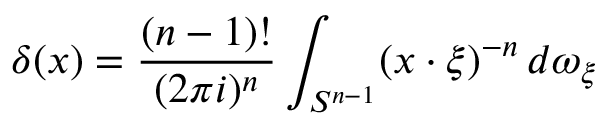
\delta ( x ) = { \frac { ( n - 1 ) ! } { ( 2 \pi i ) ^ { n } } } \int _ { S ^ { n - 1 } } ( x \cdot \xi ) ^ { - n } \, d \omega _ { \xi }